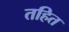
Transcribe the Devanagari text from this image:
तहित